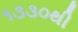
૧૩૩૦થી